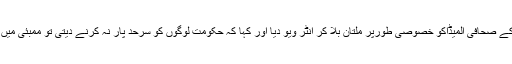
نواز شریف نے ڈان کے صحافی المیڈاکو خصوصی طورپر ملتان بلا کر انٹر ویو دیا اور کہا کہ حکومت لوگوں کو سرحد پار نہ کرنے دیتی تو ممبئی میں لوگ ہلاک نہ ہوتے۔